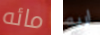
مائه اريه